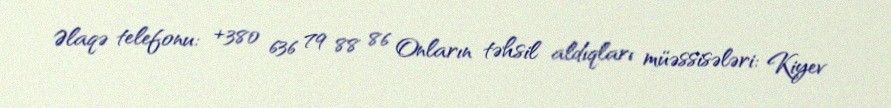
Əlaqə telefonu: +380 636 79 88 86 Onların təhsil aldıqları müəssisələri: Kiyev